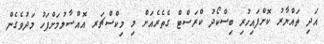
އަދި ތައްޔާރު ކޮށްފައިހުރި ބިސްކޯދު ކްރަސްޓް ގެތެރެއަށް މި މިކްސްޗަރ އޮއްސާލުމަށްފަހު މަދުވެގެން